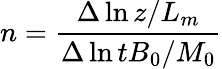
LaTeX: n=\frac{\Delta\ln{z/L_{m}}}{\Delta\ln{tB_{0}/M_{0}}}